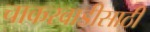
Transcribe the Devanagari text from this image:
चाकरवाडीसाठी